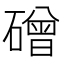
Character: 磳